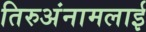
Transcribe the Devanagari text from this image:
तिरुअंनामलाई